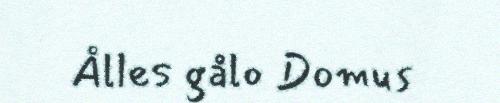
Ålles gålo Domus